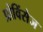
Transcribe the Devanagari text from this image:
प्रोविंसेज